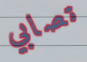
تصابي